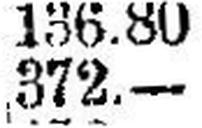
372.—